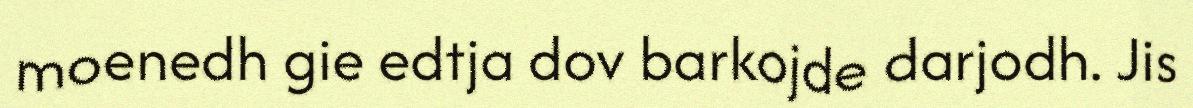
moenedh gie edtja dov barkojde darjodh. Jis